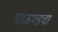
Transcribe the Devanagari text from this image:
पाऊण्डचा